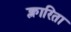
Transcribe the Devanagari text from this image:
क्लारिता